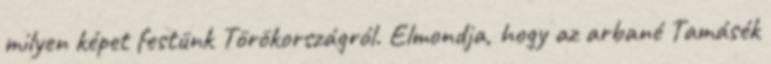
milyen képet festünk Törökországról. Elmondja, hogy az arbané Tamásék